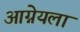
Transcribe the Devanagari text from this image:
आग्नेयला